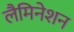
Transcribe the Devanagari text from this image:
लैमिनेशन